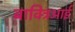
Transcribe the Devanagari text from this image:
बाक्त्रिआई